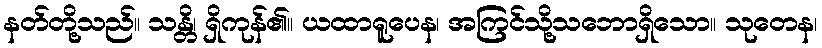
နတ်တို့သည်။ သန္တိ၊ ရှိကုန်၏။ ယထာရူပေန၊ အကြင်သို့သဘောရှိသော။ သုတေန၊